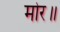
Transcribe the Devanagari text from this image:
मोर॥